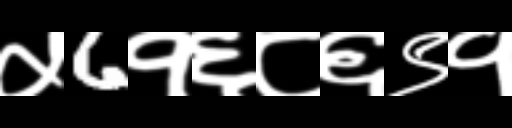
Text: ५6१६८६९१